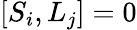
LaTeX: [S_{i},L_{j}]=0